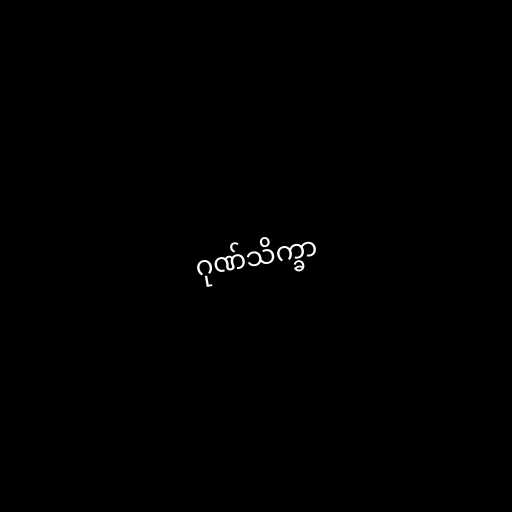
ဂုဏ်သိက္ခာ